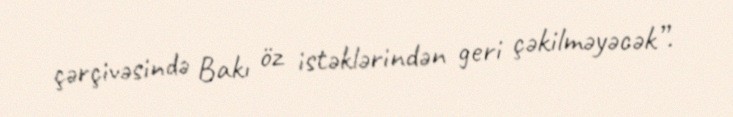
çərçivəsində Bakı öz istəklərindən geri çəkilməyəcək”.